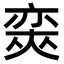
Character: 𡙩